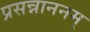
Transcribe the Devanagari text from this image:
प्रसन्नाननम्